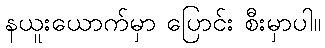
နယူးယောက်မှာ ပြောင်း စီးမှာပါ။